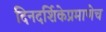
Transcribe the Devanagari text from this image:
दिनदर्शिकेप्रमाणेच